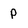
Character: p